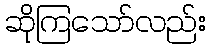
ဆိုကြသော်လည်း